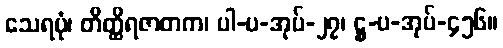
သေရပုံ၊ တိတ္ထိရဇာတက၊ ပါ-ပ-အုပ်-၂၇၊ ဋ္ဌ-ပ-အုပ်-၄၅၆။